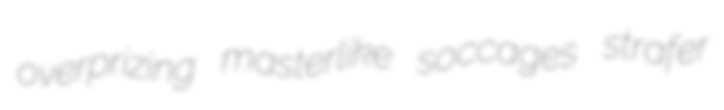
overprizing masterlike soccages strafer